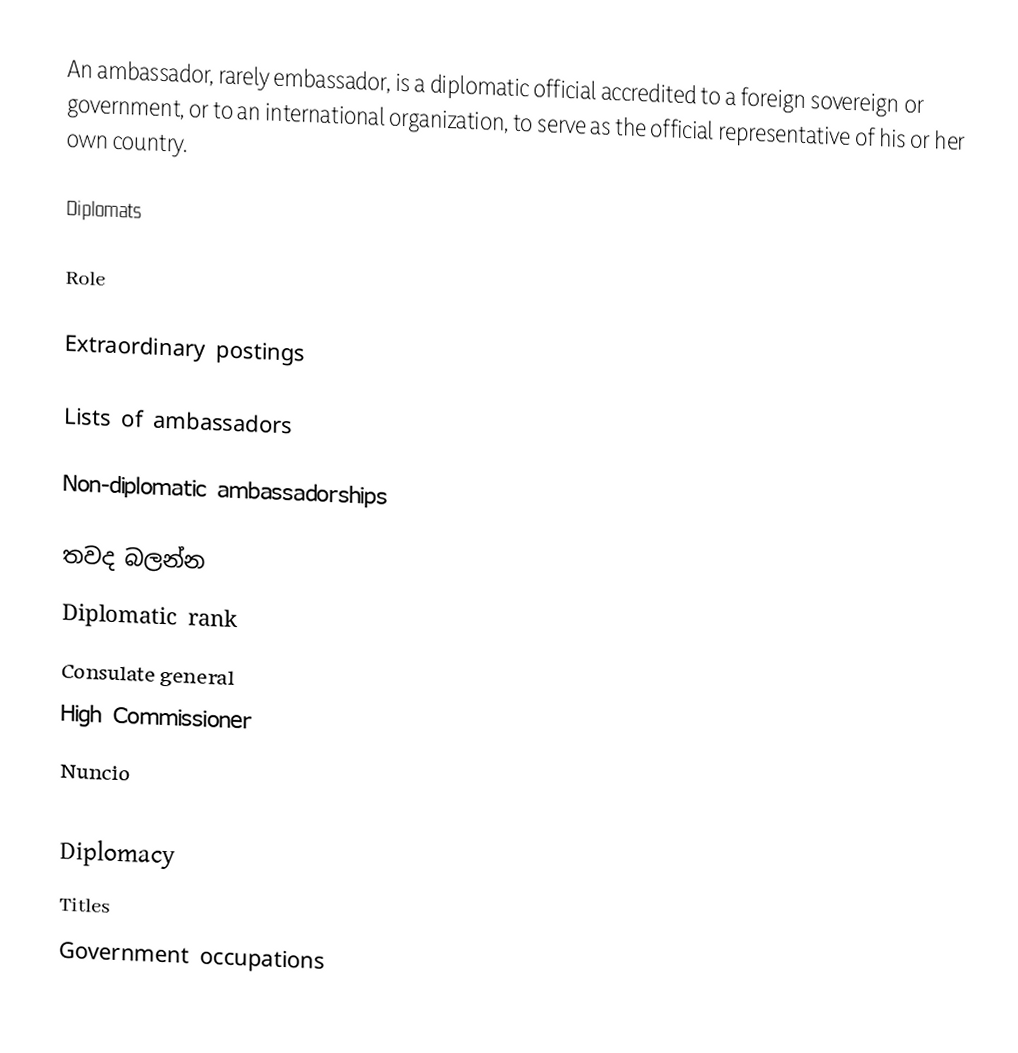
An ambassador, rarely embassador, is a diplomatic official accredited to a foreign sovereign or government, or to an international organization, to serve as the official representative of his or her own country.

Diplomats

Role

Extraordinary postings

Lists of ambassadors

Non-diplomatic ambassadorships

තවද බලන්න
 Diplomatic rank
 Consulate general
 High Commissioner
 Nuncio

Diplomacy
Titles
Government occupations